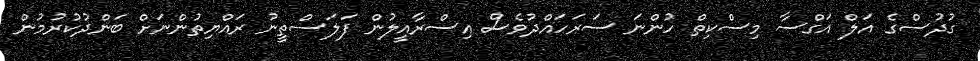
ގުދުސްގެ އަލް އަގްސާ މިސްކިތް ހުންނަ ސަރަހައްދުވެސް އިސްރާއީލުން ފަލަސްތީނު ރައްޔިތުންނަށް ބަންދުކުރުމުން